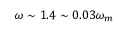
\omega \sim 1 . 4 \sim 0 . 0 3 \omega _ { m }